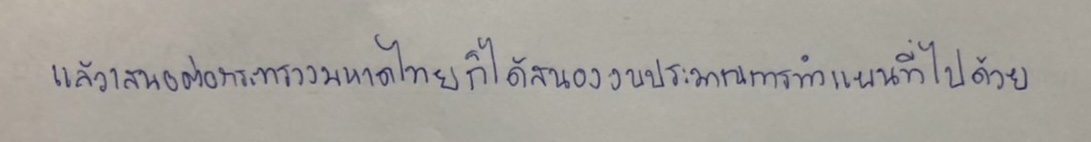
แล้วเสนอต่อกระทรวงมหาดไทยก็ได้เสนองบประมาณการทำแผนที่ไปด้วย